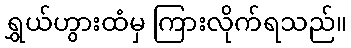
ရွှယ်ဟွားထံမှ ကြားလိုက်ရသည်။